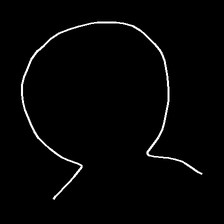
Glyph: weave